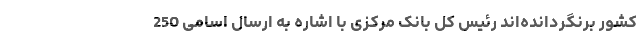
کشور برنگردانده‌اند رئیس کل بانک مرکزی با اشاره به ارسال اسامی 250